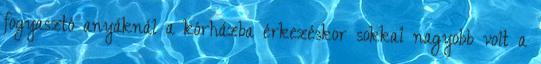
fogyasztó anyáknál a kórházba érkezéskor sokkal nagyobb volt a